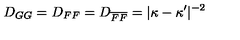
D _ { G G } = D _ { F F } = D _ { \overline { F } \overline { F } } = \vert \kappa - \kappa ^ { \prime } \vert ^ { - 2 }